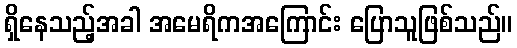
ရှိနေသည့်အခါ အမေရိကအကြောင်း ပြောသူဖြစ်သည်။